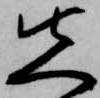
先